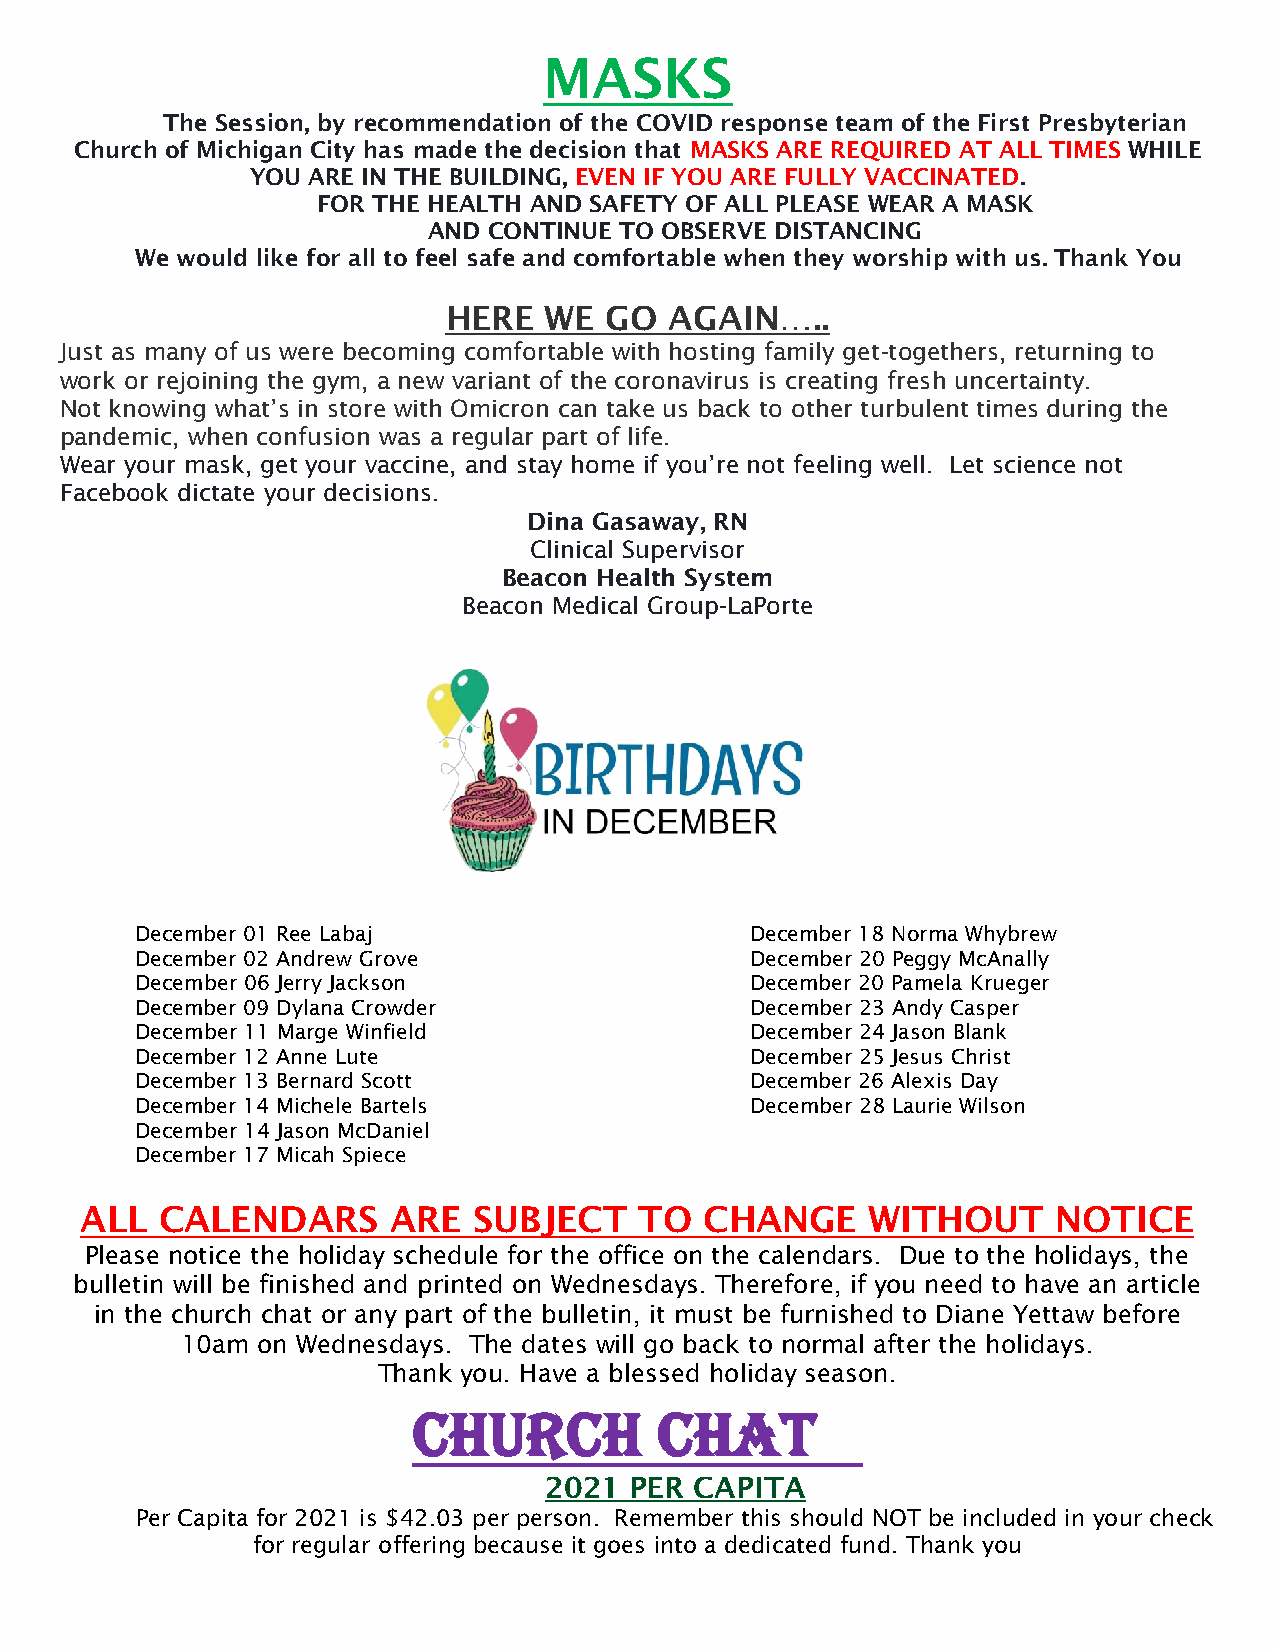
MASKS
 The Session, by recommendation of the COVID response team of the First Presbyterian
 Church of Michigan City has made the decision that MASKS ARE REQUIRED AT ALL TIMES WHILE
 YOU ARE IN THE BUILDING, EVEN IF YOU ARE FULLY VACCINATED.
 FOR THE HEALTH AND SAFETY OF ALL PLEASE WEAR A MASK
 AND CONTINUE TO OBSERVE DISTANCING
 We would like for all to feel safe and comfortable when they worship with us. Thank You
 HERE  WE  GO  AGAIN…..
 Just as many of us were becoming comfortable with hosting family get-togethers, returning to
 work or rejoining the gym, a new variant of the coronavirus is creating fresh uncertainty.
 Not knowing what’s in store with Omicron can take us back to other turbulent times during the
 pandemic, when confusion was a regular part of life.
 Wear your mask, get your vaccine, and stay home if you’re not feeling well. Let science not
 Facebook dictate your decisions.
 Dina Gasaway, RN
 Clinical Supervisor
 Beacon Health System
 Beacon Medical Group-LaPorte
 December 01 Ree Labaj                    December 18 Norma Whybrew
 December 02 Andrew Grove                 December 20 Peggy McAnally
 December 06 Jerry Jackson                December 20 Pamela Krueger
 December 09 Dylana Crowder               December 23 Andy Casper
 December 11 Marge Winfield               December 24 Jason Blank
 December 12 Anne Lute                    December 25 Jesus Christ
 December 13 Bernard Scott                December 26 Alexis Day
 December 14 Michele Bartels              December 28 Laurie Wilson
 December 14 Jason McDaniel
 December 17 Micah Spiece
 ALL   CALENDARS      ARE  SUBJECT    TO   CHANGE     WITHOUT     NOTICE
 Please notice the holiday schedule for the office on the calendars. Due to the holidays, the
 bulletin will be finished and printed on Wednesdays. Therefore, if you need to have an article
 in the church chat or any part of the bulletin, it must be furnished to Diane Yettaw before
 10am on Wednesdays. The dates will go back to normal after the holidays.
 Thank you. Have a blessed holiday season.
 Church           CHAT
 2021  PER CAPITA
 Per Capita for 2021 is $42.03 per person. Remember this should NOT be included in your check
 for regular offering because it goes into a dedicated fund. Thank you